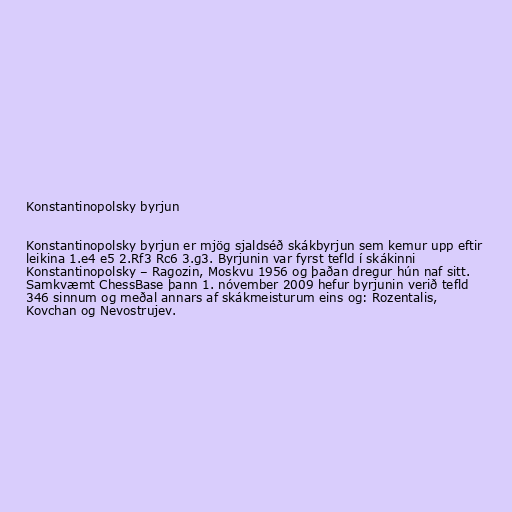
Konstantinopolsky byrjun

Konstantinopolsky byrjun er mjög sjaldséð skákbyrjun sem kemur upp eftir
leikina 1.e4 e5 2.Rf3 Rc6 3.g3. Byrjunin var fyrst tefld í skákinni
Konstantinopolsky – Ragozin, Moskvu 1956 og þaðan dregur hún naf sitt.
Samkvæmt ChessBase þann 1. nóvember 2009 hefur byrjunin verið tefld
346 sinnum og meðal annars af skákmeisturum eins og: Rozentalis,
Kovchan og Nevostrujev.